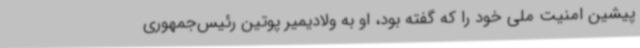
پیشین امنیت ملی خود را که گفته بود، او به ولادیمیر پوتین رئیس‌جمهوری